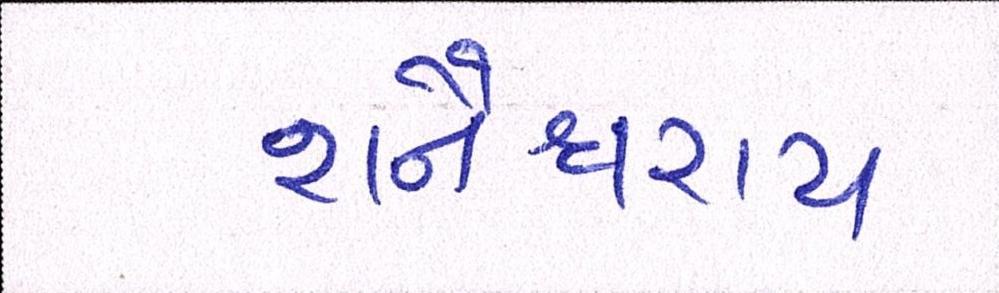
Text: શનૈશ્ચરાય